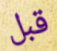
قبل